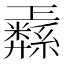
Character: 𱺋